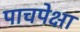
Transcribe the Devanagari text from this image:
पाचपेक्षा